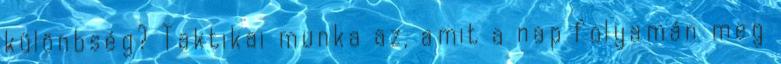
különbség? Taktikai munka az, amit a nap folyamán meg